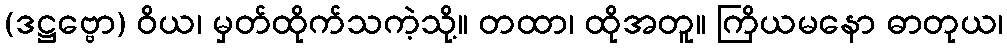
(ဒဋ္ဌဗ္ဗော) ဝိယ၊ မှတ်ထိုက်သကဲ့သို့။ တထာ၊ ထိုအတူ။ ကြိယမနော ဓာတုယ၊